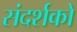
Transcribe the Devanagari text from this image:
संदर्शकों